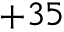
+ 3 5